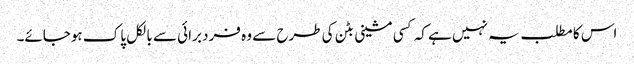
اس کا مطلب یہ نہیں ہے کہ کسی مشینی بٹن کی طرح سے وہ فرد برائی سے بالکل پاک ہوجائے۔